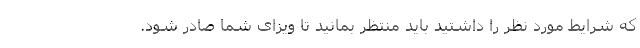
که شرایط مورد نظر را داشتید باید منتظر بمانید تا ویزای شما صادر شود.